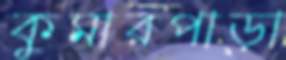
কুমারপাড়া